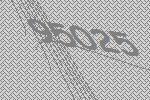
95025